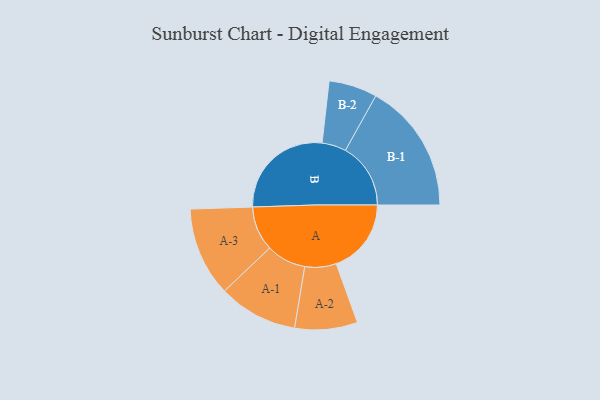
{"axis": {"x": "Segment", "y": "Value"}, "legend": ["", "A", "B"], "data": [{"x": "A", "y": 335, "type": ""}, {"x": "B", "y": 470, "type": ""}, {"x": "A-1", "y": 177, "type": "A"}, {"x": "A-2", "y": 140, "type": "A"}, {"x": "A-3", "y": 199, "type": "A"}, {"x": "B-1", "y": 291, "type": "B"}, {"x": "B-2", "y": 108, "type": "B"}]}